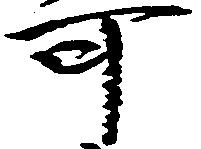
可